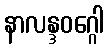
နာလန္ဒဝဂ္ဂေါ